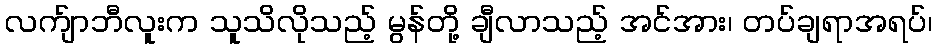
လက်ျာဘီလူးက သူသိလိုသည့် မွန်တို့ ချီလာသည့် အင်အား၊ တပ်ချရာအရပ်၊